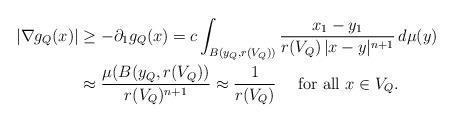
LaTeX: \begin{align*}|\nabla g_Q(x)|& \geq -\partial_1 g_Q(x) = c\int_{B(y_Q,r(V_Q))} \frac{x_1-y_1}{r(V_Q)\,|x-y|^{n+1}}\,d\mu(y)\\&\approx \frac{\mu(B(y_Q,r(V_Q))}{r(V_Q)^{n+1}} \approx \frac1{r(V_Q)}\quad\mbox{ for all $x\in V_Q$.}\end{align*}